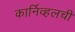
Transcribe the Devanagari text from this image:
कार्निव्हलची